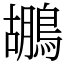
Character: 鶘